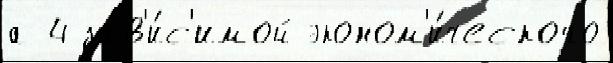
а 4 зав'и́с'имой эконом'и́ческого